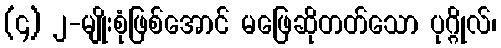
(၄) ၂-မျိုးစုံဖြစ်အောင် မဖြေဆိုတတ်သော ပုဂ္ဂိုလ်၊